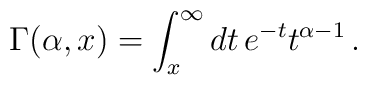
\Gamma(\alpha ,x)=\int_{x}^{\infty}dt\, e^{-t}t^{\alpha-1}\,.